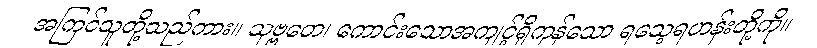
အကြင်သူတို့သည်ကား။ သုဗ္ဗတေ၊ ကောင်းသောအကျင့်ရှိကုန်သော ရသေ့ရဟန်းတို့ကို။